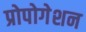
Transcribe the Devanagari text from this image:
प्रोपोगेशन